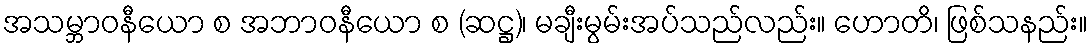
အသမ္ဘာဝနီယော စ အဘာဝနီယော စ (ဆဋ္ဌ)၊ မချီးမွမ်းအပ်သည်လည်း။ ဟောတိ၊ ဖြစ်သနည်း။